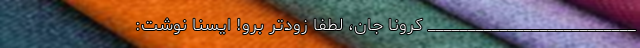
__________________________ کرونا جان، لطفا زودتر برو! ایسنا نوشت: